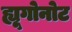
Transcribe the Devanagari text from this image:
ह्यूगोनोट